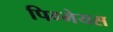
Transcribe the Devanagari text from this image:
पिग्मेयस